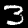
Label: 3